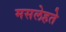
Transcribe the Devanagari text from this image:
मसलेहते